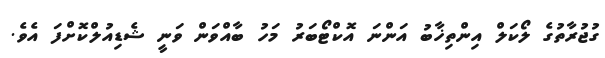
ގުޖުރާތުގެ ލޯކަލް އިންތިޚާބު އަންނަ އޮކްޓޯބަރު މަހު ބާއްވަން ވަނީ ޝެޑިއުލްކޮށްފަ އެވެ.